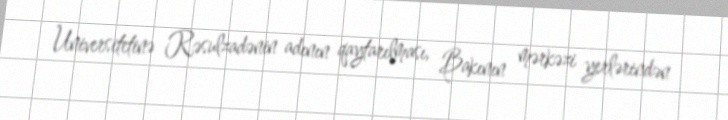
Universitetinə Rəsulzadənin adının qaytarılması, Bakının mərkəzi yerlərindən